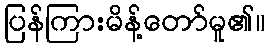
ပြန်ကြားမိန့်တော်မူ၏။